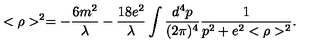
< \rho > ^ { 2 } = - \frac { 6 m ^ { 2 } } { \lambda } - \frac { 1 8 e ^ { 2 } } { \lambda } \int \frac { d ^ { 4 } p } { ( 2 \pi ) ^ { 4 } } \frac { 1 } { p ^ { 2 } + e ^ { 2 } < \rho > ^ { 2 } } .